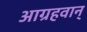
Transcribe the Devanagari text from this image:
आग्रहवान्‌